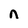
Character: n